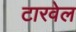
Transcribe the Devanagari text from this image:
टारवेल